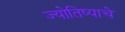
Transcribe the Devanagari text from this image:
ज्योतिष्याचे